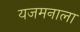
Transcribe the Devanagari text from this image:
यजमनाला